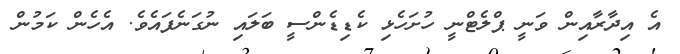
އެ އިދާރާއިން ވަނީ ޕްލެޓްނީ ހުށަހެޅި ކެޑިޑެންސީ ބަލައި ނުގަނެފައެވެ. އެހެން ކަމުން